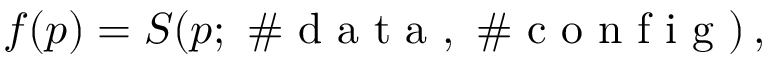
f ( p ) = S ( p ; \mathrm { ~ \# ~ d ~ a ~ t ~ a ~ } , \mathrm { ~ \# ~ c ~ o ~ n ~ f ~ i ~ g ~ } ) \, ,